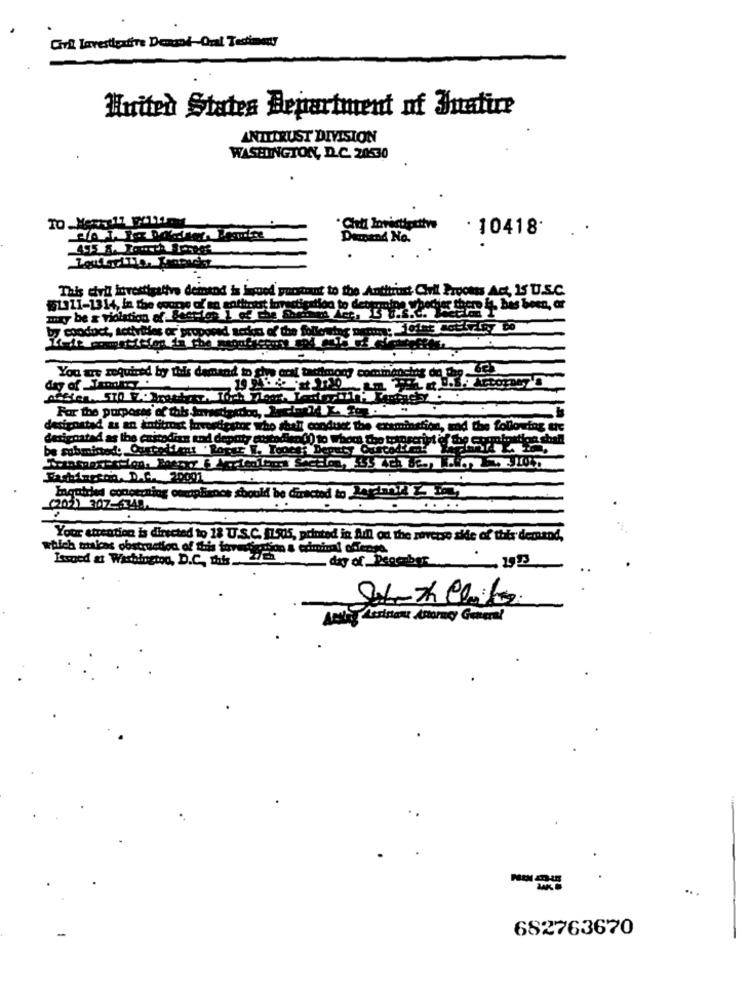
Civil Lavestlextive Demand-Oral Testimony
Huiten States Department of Inatire
ANTITRUST DIVISION
WASHINGTON, D.C. 20530
· 10418.
..
Demand No.
.
This dvil investigative demind is Lyuod yuntiut to the Antitrust CMil Process Ant, IS U.S.C.
$1311-1314, in the coone of an entirest iavectigation to determinew
4. bas been, or
by coodoct, activities or' proposed actko of the following name : "letet not y Ry co
You are required by this demand to che conf tardimony commencing do the 6e)
.S. Attorney's
For the purposes of this Amediasdon, Jaciony
designstad as an kotitrost lovestiestoc who shall conduct the examination, and the following tte
be submitted. Oustedfont 'Rorgr W. Tooce:|Depet? Oustadtrat
Farbfareon, D.C. 20001
Iquidled concerning omapliance should be directed to Jar mil Z- L
(202) 307-6345.
Your attention is directed to 18 U.S.C. 11505, printed in fill od the reverse sie of this demand,
which malas obstruction of this investedon & ediminui offerte.
Issoed at Washington, D.C. This_776
day of Perceber 1993
ANT Assistant Attorney General
682763670